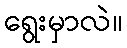
ရွေးမှာလဲ။